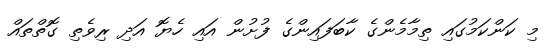
މި ކަންކަމުގައި ތިމާމެންގެ ކާބަފައިންގެ ފުށުން އައި ހެޔޮ އަދި ރިވެތި ގޮތްތައް